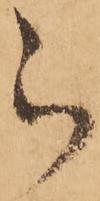
被